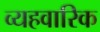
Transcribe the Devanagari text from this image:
व्यहवारिक